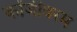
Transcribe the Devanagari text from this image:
कोंजीवरम